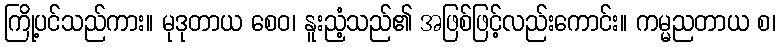
ကြို့ပင်သည်ကား။ မုဒုတာယ စေဝ၊ နူးညံ့သည်၏ အဖြစ်ဖြင့်လည်းကောင်း။ ကမ္မညတာယ စ၊